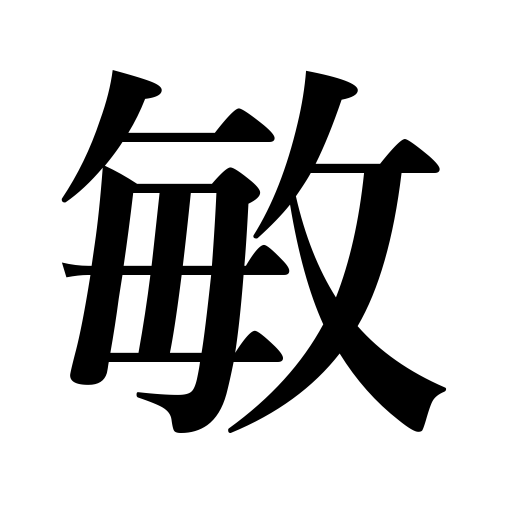
Meanings: agility,alertness